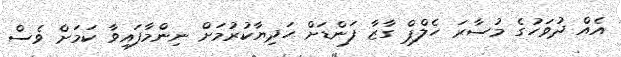
އެއް ދުވަހުގެ މުސާރަ ހެލްޕް ގާޒާ ފަންޑަށް ހަދިޔާކުރުމަށް ނިންމާފައިވާ ކަމަށް ވެސް